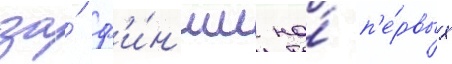
за́ ф'и́н'иш на́ п'е́рвых